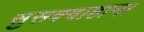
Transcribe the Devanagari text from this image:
सुसक्वाहाना